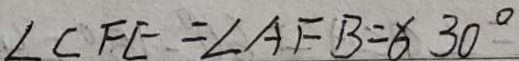
\angle C F E = \angle A F B = 6 3 0 ^ { \circ }